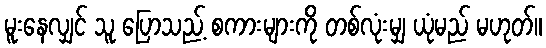
မူးနေလျှင် သူ ပြောသည့် စကားများကို တစ်လုံးမျှ ယုံမည် မဟုတ်။